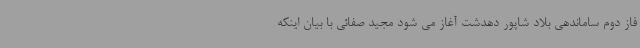
فاز دوم ساماندهی بلاد شاپور دهدشت آغاز می شود مجید صفائی با بیان اینکه